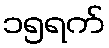
၁၅ရက်